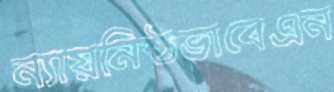
ন্যায়নিষ্ঠভাবেএন